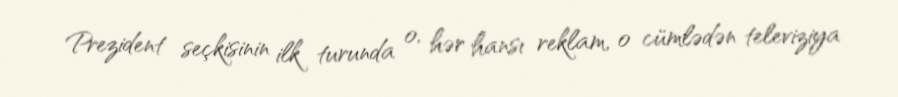
Prezident seçkisinin ilk turunda o, hər hansı reklam, o cümlədən televiziya